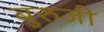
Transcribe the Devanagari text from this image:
बुरुजी